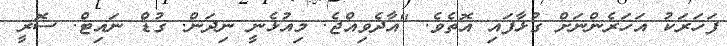
ފަހަރަކު އަހަރެންނަށް ގުޅާފައި އޮތެވެ. "އާދެވިއްޖެ. މިއުޅެނީ ނިދަން. ގުޑް ނައިޓް. ސޮރީ